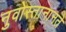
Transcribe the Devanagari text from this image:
नुवोस्तानानते